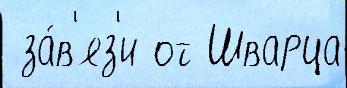
 за́в'яз'и от Шварца